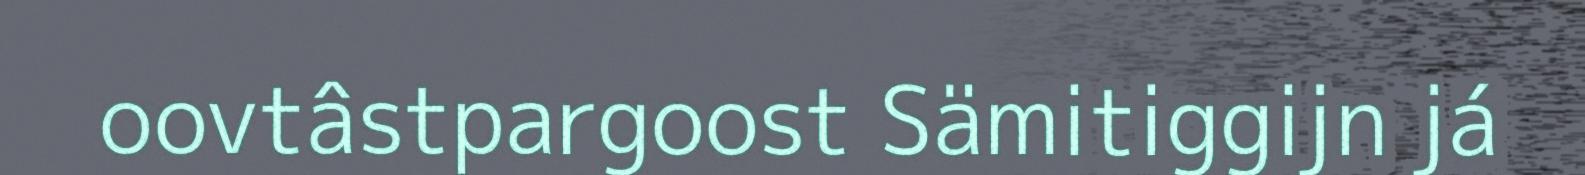
oovtâstpargoost Sämitiggijn já